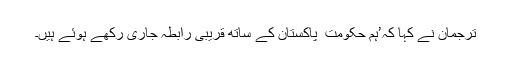
ترجمان نے کہا کہ’ہم حکومت ِ پاکستان کے ساتھ قریبی رابطہ جاری رکھے ہوئے ہیں۔